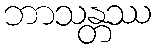
ဘာသန္တဿ